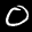
Label: 0